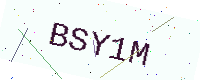
Text: BSY1M